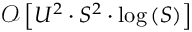
\mathcal { O } \left[ U ^ { 2 } \cdot S ^ { 2 } \cdot \log \left( S \right) \right]